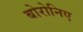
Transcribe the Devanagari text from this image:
बोरोनिए